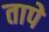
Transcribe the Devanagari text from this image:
तापे